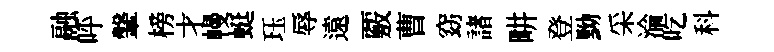
融呼鞶榜才幔蜓珏辱遠覈曹窈諸畊登黝采淪吃科